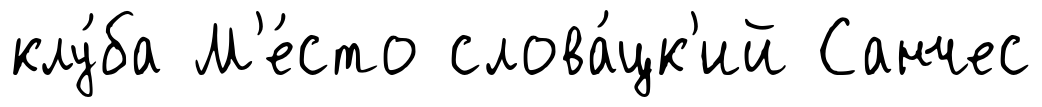
клу́ба М'е́сто слова́цк'ий Санчес